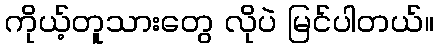
ကိုယ့်တူသားတွေ လိုပဲ မြင်ပါတယ်။